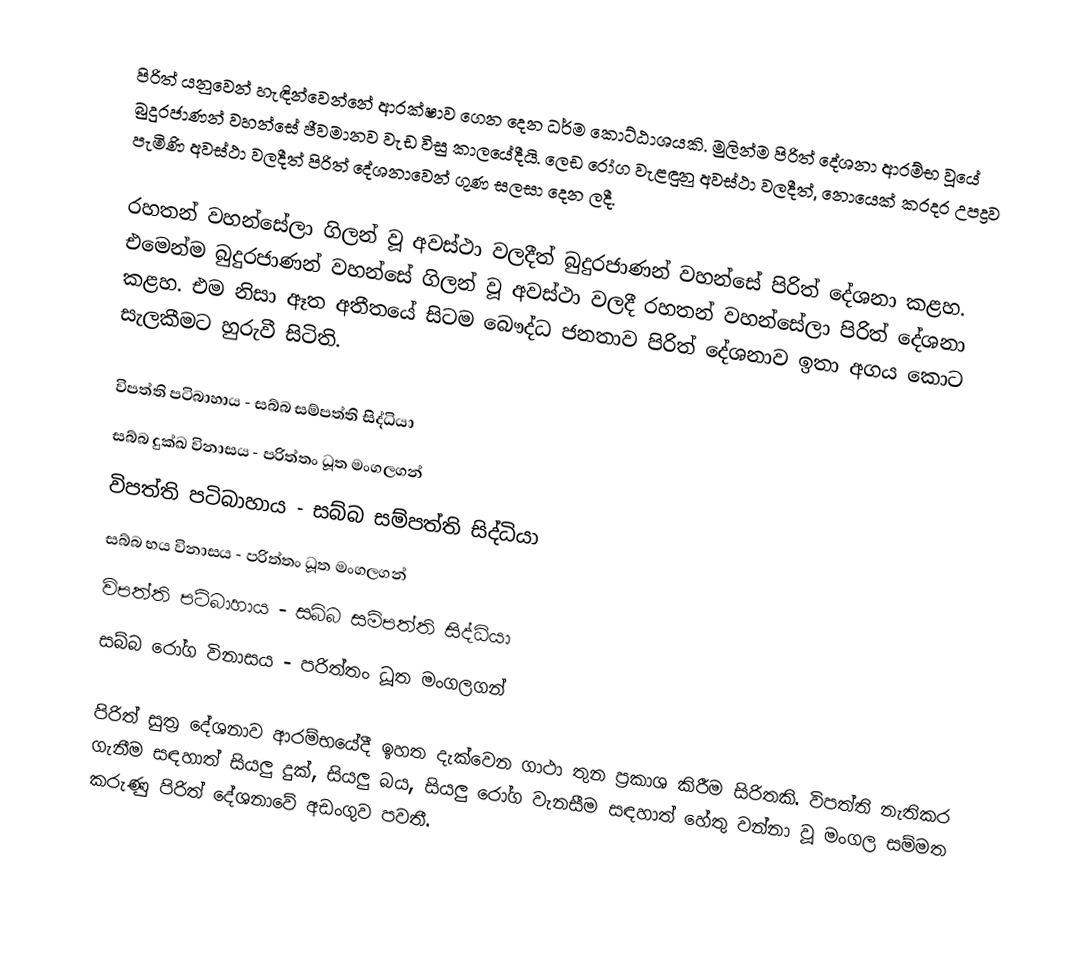
පිරිත් යනුවෙන් හැඳින්වෙන්නේ ආරක්ෂාව ගෙන දෙන ධර්ම කොට්ඨාශයකි. මුලින්ම පිරිත් දේශනා ආරම්භ වූයේ බුදුරජාණන් වහන්සේ ජීවමානව වැඩ විසු කාලයේදීයි. ලෙඩ රෝග වැළඳුනු අවස්ථා වලදීත්, නොයෙක් කරදර උපද්‍රව පැමිණි අවස්ථා වලදීත් පිරිත් දේශනාවෙන් ගුණ සලසා දෙන ලදී.

රහතන් වහන්සේලා ගිලන් වූ අවස්ථා වලදීත් බුදුරජාණන් වහන්සේ පිරිත් දේශනා කළහ. එමෙන්ම බුදුරජාණන් වහන්සේ ගිලන් වූ අවස්ථා වලදී රහතන් වහන්සේලා පිරිත් දේශනා කළහ. එම නිසා ඈත අතීතයේ සිටම බෞද්ධ ජනතාව පිරිත් දේශනාව ඉතා අගය කොට සැලකීමට හුරුවී සිටිති.

විපත්ති පටිබාහාය - සබ්බ සම්පත්ති සිද්ධියා
සබ්බ දුක්ඛ විනාසය - පරිත්තං ධූත මංගලගන්
විපත්ති පටිබාහාය - සබ්බ සම්පත්ති සිද්ධියා
සබ්බ භය විනාසය - පරිත්තං ධූත මංගලගන්
විපත්ති පටිබාහාය - සබ්බ සම්පත්ති සිද්ධියා
සබ්බ රෝග විනාසය - පරිත්තං ධූත මංගලගන්

පිරිත් සුත්‍ර දේශනාව ආරම්භයේදී ඉහත දැක්වෙන ගාථා තුන ප්‍රකාශ කිරීම සිරිතකි. විපත්ති නැතිකර ගැනීම සඳහාත් සියලු දුක්, සියලු බය, සියලු රෝග වැනසීම සඳහාත් හේතු වන්නා වූ මංගල සම්මත කරුණු පිරිත් දේශනාවේ අඩංගුව පවතී.